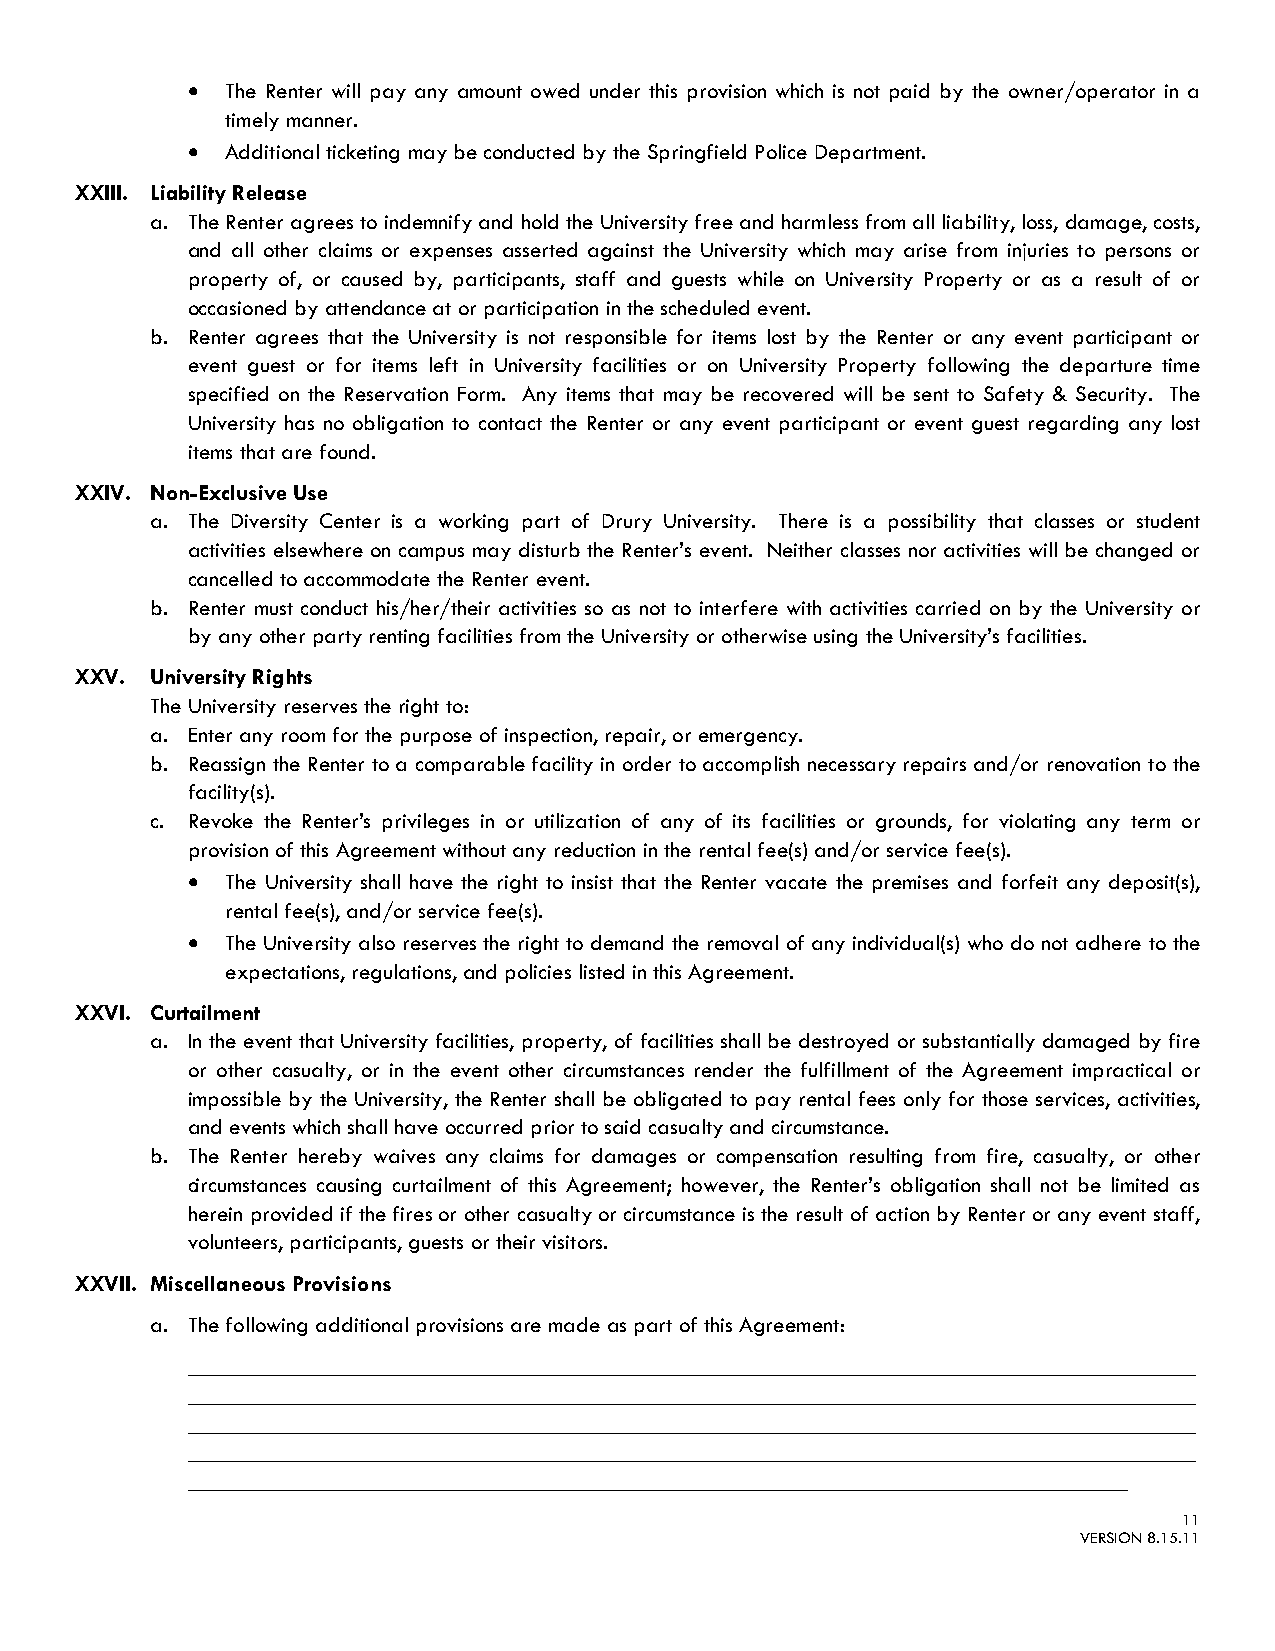
•  The Renter will pay any amount owed under this provision which is not paid by the owner/operator in a
 timely manner.
 •  Additional ticketing may be conducted by the Springfield Police Department.
 XXIII. Liability Release
 a. The Renter agrees to indemnify and hold the University free and harmless from all liability, loss, damage, costs,
 and all other claims or expenses asserted against the University which may arise from injuries to persons or
 property of, or caused by, participants, staff and guests while on University Property or as a result of or
 occasioned by attendance at or participation in the scheduled event.
 b. Renter agrees that the University is not responsible for items lost by the Renter or any event participant or
 event guest or for items left in University facilities or on University Property following the departure time
 specified on the Reservation Form. Any items that may be recovered will be sent to Safety & Security. The
 University has no obligation to contact the Renter or any event participant or event guest regarding any lost
 items that are found.
 XXIV. Non-Exclusive Use
 a. The Diversity Center is a working part of Drury University. There is a possibility that classes or student
 activities elsewhere on campus may disturb the Renter’s event. Neither classes nor activities will be changed or
 cancelled to accommodate the Renter event.
 b. Renter must conduct his/her/their activities so as not to interfere with activities carried on by the University or
 by any other party renting facilities from the University or otherwise using the University’s facilities.
 XXV. University Rights
 The University reserves the right to:
 a. Enter any room for the purpose of inspection, repair, or emergency.
 b. Reassign the Renter to a comparable facility in order to accomplish necessary repairs and/or renovation to the
 facility(s).
 c. Revoke the Renter’s privileges in or utilization of any of its facilities or grounds, for violating any term or
 provision of this Agreement without any reduction in the rental fee(s) and/or service fee(s).
 •  The University shall have the right to insist that the Renter vacate the premises and forfeit any deposit(s),
 rental fee(s), and/or service fee(s).
 •  The University also reserves the right to demand the removal of any individual(s) who do not adhere to the
 expectations, regulations, and policies listed in this Agreement.
 XXVI. Curtailment
 a. In the event that University facilities, property, of facilities shall be destroyed or substantially damaged by fire
 or other casualty, or in the event other circumstances render the fulfillment of the Agreement impractical or
 impossible by the University, the Renter shall be obligated to pay rental fees only for those services, activities,
 and events which shall have occurred prior to said casualty and circumstance.
 b. The Renter hereby waives any claims for damages or compensation resulting from fire, casualty, or other
 circumstances causing curtailment of this Agreement; however, the Renter’s obligation shall not be limited as
 herein provided if the fires or other casualty or circumstance is the result of action by Renter or any event staff,
 volunteers, participants, guests or their visitors.
 XXVII. Miscellaneous Provisions
 a. The following additional provisions are made as part of this Agreement:
 ________________________________________________________________________________________
 ________________________________________________________________________________________
 ________________________________________________________________________________________
 ________________________________________________________________________________________
 __________________________________________________________________________________
 11
 VERSION 8.15.11